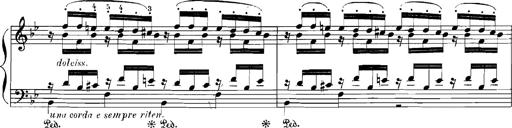
Title: Rhapsodies hongroises
Composer: Franz Liszt